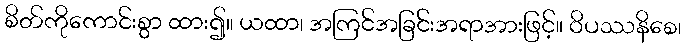
စိတ်ကိုကောင်းစွာ ထား၍။ ယထာ၊ အကြင်အခြင်းအရာအားဖြင့်။ ဝိပဿနိစေ၊